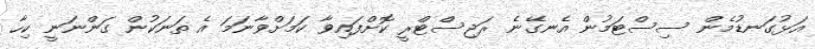
އަޅުގަނޑުމެން ސިސްޓަމުން އެނގޭނެ ރަޖިސްޓްރީ ކޮށްފައިވާ ކަމަށްވާނަމަ އެ ތަނަކުން ގަންނަނީ ކިހާ